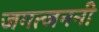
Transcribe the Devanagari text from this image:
जगत्जननी